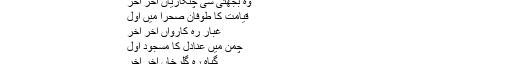
وہ اٹھتا ہوا اک دھواں اول اول
وہ بجھتی سی چنگاریاں آخر آخر
قیامت کا طوفان صحرا میں اول
غبار رہ کارواں آخر آخر
چمن میں عنادل کا مسجود اول
گیاہِ رہِ گلرخاں آخر آخر
کیا سکھوں کے روحانی پیشوا گرو بابا نانک مسلمان ولی اللہ تھے؟